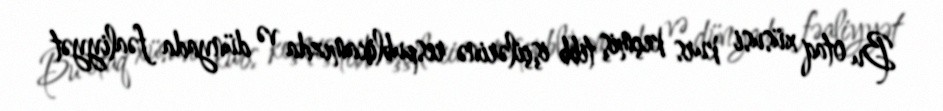
Bu otaq xüsusi kurs keçmiş tibb işçilərinə respublikamızda və dünyada fəaliyyət